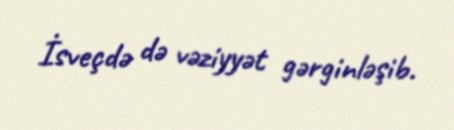
İsveçdə də vəziyyət gərginləşib.